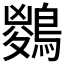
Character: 𪃊